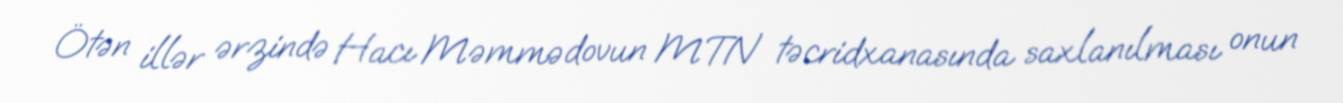
Ötən illər ərzində Hacı Məmmədovun MTN təcridxanasında saxlanılması onun